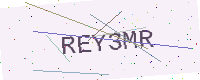
Text: REY3MR